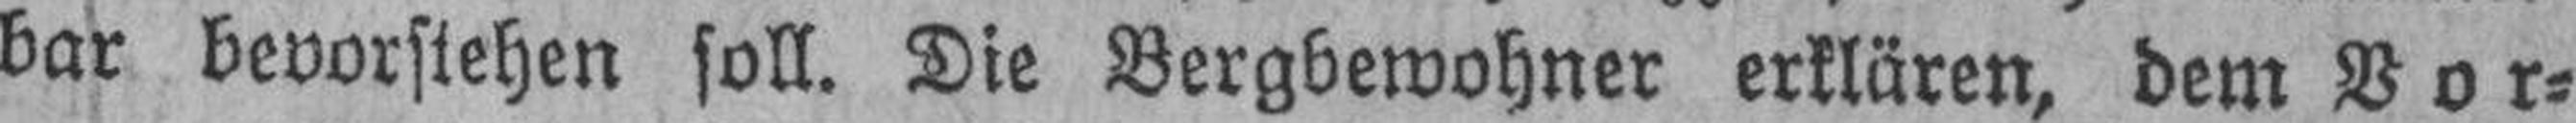
bar bevorstehen soll. Die Bergbewohner erklären, dem Vor¬